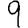
Digit: 9